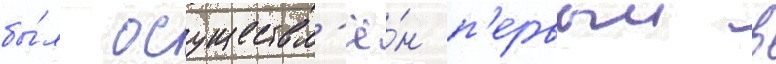
бы́л осуществл'ё́н п'ервыи в